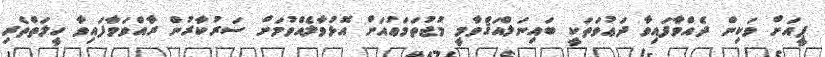
ޕީއަށް ވަކިން ދެއްވާފައިވާ ދަޢުވަތަކީ ބައިނަލްއަޤްވާމީ މުޖުތަމަޢުއަށް އޮޅުވާލެއްވުމަށް ސަރުކާރުން ރާއްވަވާފައިވާ ހީލަތްތެރި